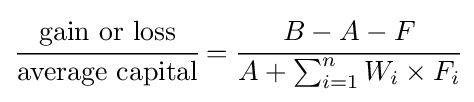
{\cfrac {\text{gain or loss}}{\text{average  capital}}}={\cfrac {B-A-F}{A+\sum _{i=1}^{n}W_{i}\times F_{i}}}